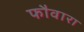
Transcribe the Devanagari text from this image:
फौवारा